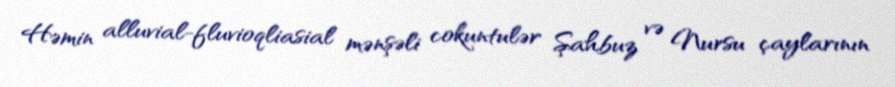
Həmin alluvial-fluvioqliasial mənşəli cokuntulər Şahbuz və Nursu çaylarının